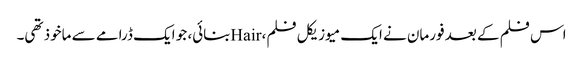
اس فلم کے بعد فورمان نے ایک میوزیکل فلم، Hairبنائی، جو ایک ڈرامے سے ماخوذ تھی۔